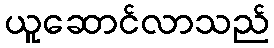
ယူဆောင်လာသည်